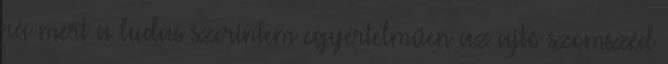
rá mert a ludas szerintem egyértelműen az ajtó szomszéd